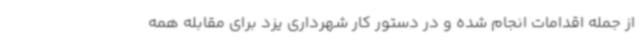
از جمله اقدامات انجام شده و در دستور کار شهرداری یزد برای مقابله همه